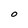
Character: O